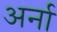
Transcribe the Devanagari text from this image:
अर्ना